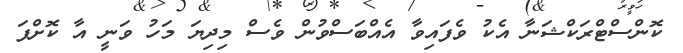
ކޮންސްޓްރަކްޝަނާ އެކު ވެފައިވާ އެއްބަސްވުން ވެސް މިދިޔަ މަހު ވަނީ އާ ކޮށްފަ